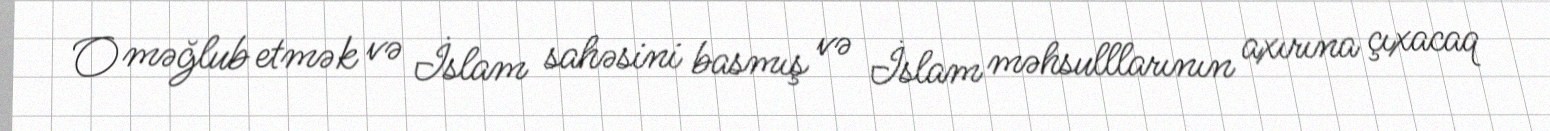
O məğlub etmək və İslam sahəsini basmış və İslam məhsulllarının axırına çıxacaq